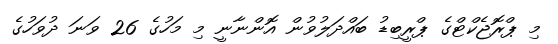
މި ޕްރޮޖެކްޓްގެ ޕްރީބިޑު ބައްދަލުވުން އޮންނާނީ މި މަހުގެ 26 ވަނަ ދުވަހުގެ